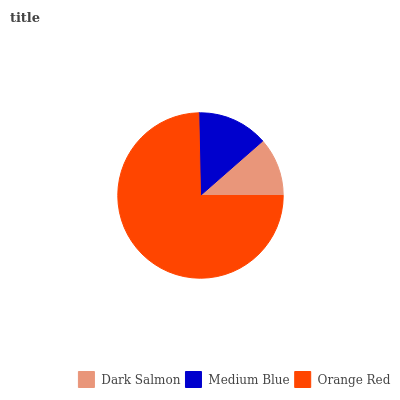
| Dark Salmon | Medium Blue | Orange Red |
 | --- | --- | --- |
 | 11.4% | 13.9% | 74.7% |